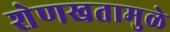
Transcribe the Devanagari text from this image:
शेणखतामुळे